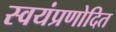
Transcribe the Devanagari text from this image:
स्वयंप्रणोदित